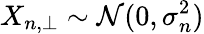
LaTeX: X_{n,\perp}\sim\mathcal{N}(0,\sigma_{n}^{2})